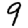
Digit: 9